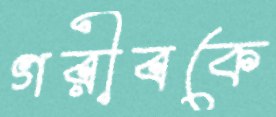
গরীবকে